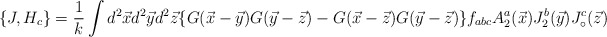
\begin{align*}\{J, H_{c}\} = \frac{1}{k}\int d^{2}\vec{x}d^{2}\vec{y}d^{2}\vec{z}\{G(\vec{x}-\vec{y})G(\vec{y}-\vec{z})-G(\vec{x}-\vec{z})G(\vec{y}-\vec{z})\}f_{abc}A^{a}_{2}(\vec{x})J_{2}^{b}(\vec{y})J_{\circ}^{c}(\vec{z})\end{align*}